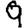
Digit: 9